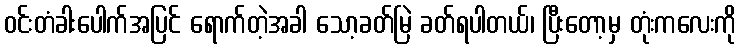
ဝင်းတံခါးပေါက်အပြင် ရောက်တဲ့အခါ သော့ခတ်မြဲ ခတ်ရပါတယ်၊ ပြီးတော့မှ တုံးကလေးကို